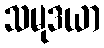
သမုဒယာ